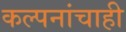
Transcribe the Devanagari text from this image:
कल्पनांचाही